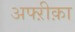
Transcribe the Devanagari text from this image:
अफ्ऱीक़ा